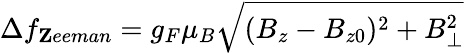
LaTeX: \Delta f_{\mathbf Zeeman}=g_{F}\mu_{B}\sqrt{(B_{z}-B_{z0})^{2}+B_{\perp}^{2}}